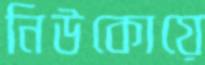
নিউকোয়ে